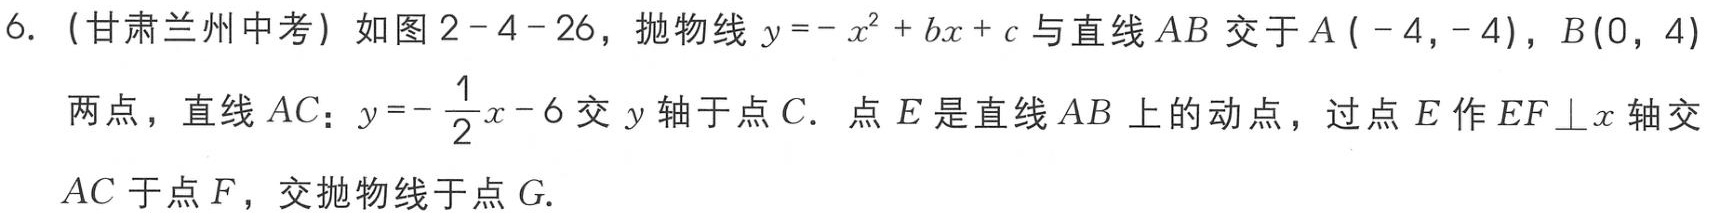
6.（甘肃兰州中考）如图2 - 4 - 26，抛物线\(y=-x^{2}+bx + c\)与直线\(AB\)交于\(A(-4,-4)\)，\(B(0,4)\)两点，直线\(AC\)：\(y =-\frac{1}{2}x - 6\)交\(y\)轴于点\(C\). 点\(E\)是直线\(AB\)上的动点，过点\(E\)作\(EF\perp x\)轴交\(AC\)于点\(F\)，交抛物线于点\(G\).